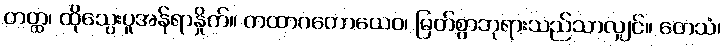
တတ္ထ၊ ထိုသွေးပူအန်ရာနှိုက်။ တထာဂတောယေဝ၊ မြတ်စွာဘုရားသည်သာလျှင်။ တေသံ၊